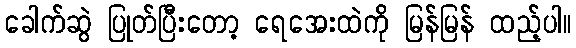
ခေါက်ဆွဲ ပြုတ်ပြီးတော့ ရေအေးထဲကို မြန်မြန် ထည့်ပါ။